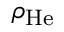
\rho _ { \mathrm { H e } }